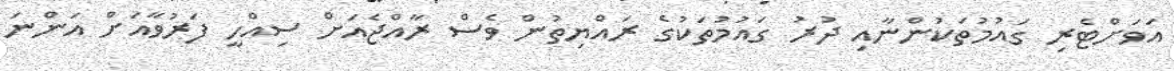
އަވަށްޓެރި ގައުމުތަކުންނާއި ދުރު ގައުމުތަކުގެ ރައްޔިތުން ވެސް ރާއްޖެއަށް ސިއްހީ ފަރުވާއަށް އަންނަ